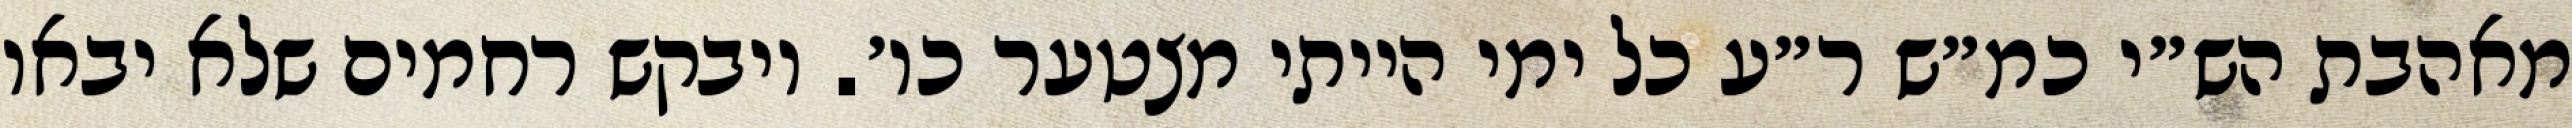
מאהבת הש״י כמ״ש ר״ע כל ימי הייתי מצטער כו׳. ויבקש רחמים שלא יבאו